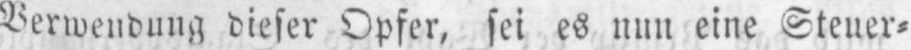
Verwendung dieser Opfer, sei es nun eine Steuer⸗